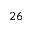
^ { 2 6 }